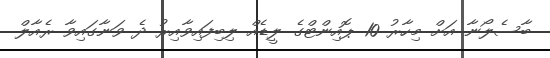
ބާސެލޯނާ އަށް މިހާރު 10 ޕޮއިންޓްގެ ލީޑެއް ލިބިފައިވާއިރު ދެ ވަނާގައިވާ ރެއާލް